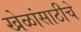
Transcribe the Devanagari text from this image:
खेळांसाठीचे